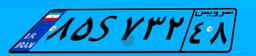
۳۴S۴۷۷۴۰